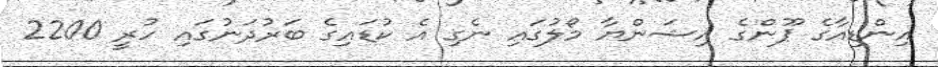
އިންޑިއާގެ ޕޫންގެ އިޝަންޔާ މޯލުގައި ނެގި އެ ކުޑައިގެ ބަރުދަނުގައި ހުރީ 2200